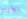
الأيام